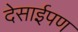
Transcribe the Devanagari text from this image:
देसाईपण